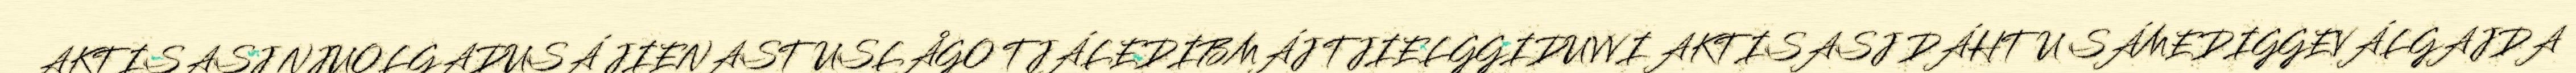
AKTISASJ NJUOLGADUSÁ JIENASTUSLÅGO TJÁLEDIBMÁJ TJIELGGIDUVVI AKTISASJ DÁHTU SÁMEDIGGEVÁLGAJDA